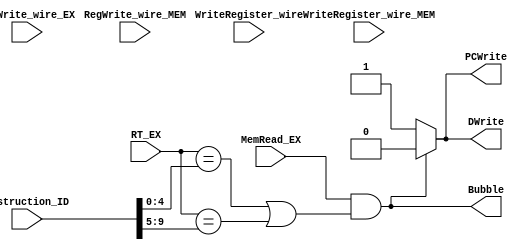
/******************************************************************
* Description
*		This is the HazardUnit:
* Version:
*	1.0
* Author: 
* Pedro Herrera Soto el septimo hokage
* email:
*	
* Date:
*	17/04/2020
******************************************************************/
module Hazard
(
input [9:0] Instruction_ID,
input [4:0] RT_EX,
input MemRead_EX,
input RegWrite_wire_EX,
input RegWrite_wire_MEM,
input [4:0] WriteRegister_wire,
input [4:0] WriteRegister_wire_MEM,
output DWrite,
output PCWrite,
output Bubble

);
wire [4:0] RS;
wire [4:0] RT;
assign RS = Instruction_ID[9:5];
assign RT = Instruction_ID[4:0];

//(((RS || RT) == WriteRegister_wire) && RegWrite_wire == 1'b1) || (((RS || RT) == WriteRegister_wire_MEM) && RegWrite_wire_MEM == 1'b1)

assign DWrite = (MemRead_EX == 1'b1 && (RT_EX == RT || RT_EX == RS))? 1'b0: 1'b1;

assign PCWrite = DWrite;

assign Bubble = !PCWrite;


endmodule